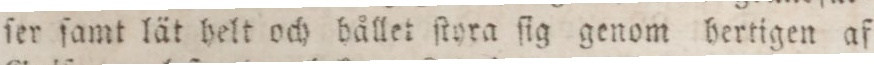
ſer ſamt lät helt och hållet ſtyra ſig genom hertigen af